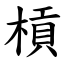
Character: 槓